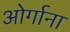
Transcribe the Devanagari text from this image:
ओर्गाना